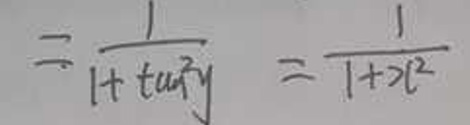
\[=\frac{1}{1 + \tan^{2}y}=\frac{1}{1 + x^{2}}\]